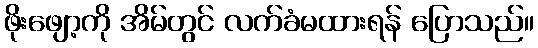
ဖိုးဖျော့ကို အိမ်တွင် လက်ခံမထားရန် ပြောသည်။